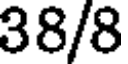
38/8